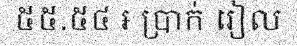
៥៥.៥៤ ៛ ប្រាក់ រៀល